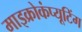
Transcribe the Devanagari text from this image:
माइक्रोकंप्यूटिंग